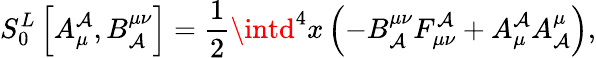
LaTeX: S_{0}^{L}\left[A_{\mu}^{\mathcal{A}},B_{\mathcal{A}}^{\mu\nu}\right]=\frac{1}{2}\intd^{4}x\left(-B_{\mathcal{A}}^{\mu\nu}F_{\mu\nu}^{\mathcal{A}}+A_{\mu}^{\mathcal{A}}A_{\mathcal{A}}^{\mu}\right),